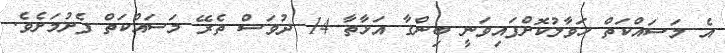
އެ މަސައްކަތް ހަވާލުކޮށްފައިވަނީ ބިންގާ އަޅާތާ 14 ދުވަސް ތެރޭ މަސައްކަތް ފެށުމަށެވެ.